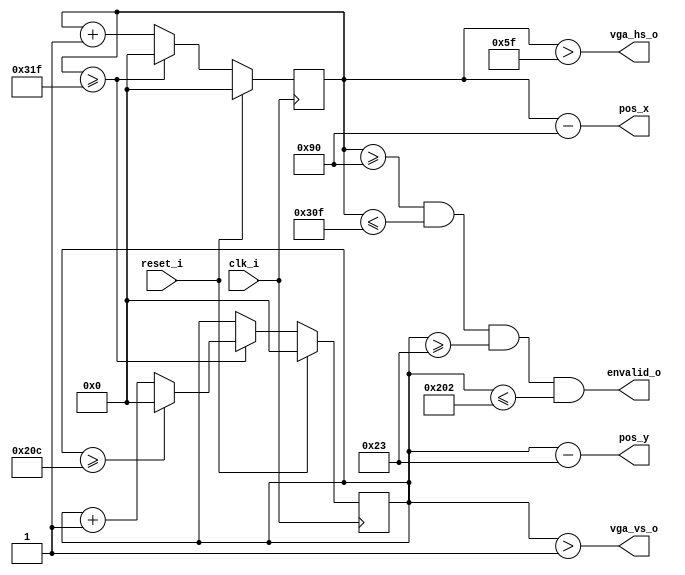
module vga_ctrl(
    input clk_i, // clock requirement:25MHz for 640*480
    input reset_i,
    output vga_hs_o,
    output vga_vs_o,
    output envalid_o,
    output [9:0] pos_x,
    output [9:0] pos_y
);
    //640 * 480 resolution
    parameter H_COUNT_CYC = 95;
    parameter X_START = 144;
    parameter X_END = 783;
    parameter H_COUNT_TOTAL = 799;
    parameter V_COUNT_CYC = 1;
    parameter Y_START = 35;
    parameter Y_END = 514;
    parameter V_COUNT_TOTAL = 524;

    //generate count
    reg [9:0] reg_h_count,reg_v_count;
    always@(posedge clk_i)
    begin
        if(reset_i == 1'b1) begin    //
            reg_h_count <= 10'b0;
            reg_v_count <= 10'b0;
        end
        else  begin
            if(reg_h_count[9:0] >= H_COUNT_TOTAL)   //h
            begin
                reg_h_count[9:0] <= 10'b0;
                if(reg_v_count[9:0] >= V_COUNT_TOTAL)   //v
                    reg_v_count[9:0] <= 10'b0;
                else
                    reg_v_count[9:0] <= reg_v_count[9:0] + 1'b1;
            end
            else
                reg_h_count[9:0] <= reg_h_count[9:0] + 1'b1;
        end
    end
    
    //
    assign vga_hs_o = (reg_h_count[9:0] > H_COUNT_CYC);
    assign vga_vs_o = (reg_v_count[9:0] > V_COUNT_CYC);

    assign pos_x[9:0] = reg_h_count[9:0] - X_START[9:0];
    assign pos_y[9:0] = reg_v_count[9:0] - Y_START[9:0];

    //
    assign envalid_o = (reg_h_count[9:0] >= X_START[9:0]) & (reg_h_count[9:0] <= X_END[9:0]) &
                       (reg_v_count[9:0] >= Y_START[9:0]) & (reg_v_count[9:0] <= Y_END[9:0]);
endmodule